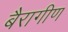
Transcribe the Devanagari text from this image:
बैरागीण